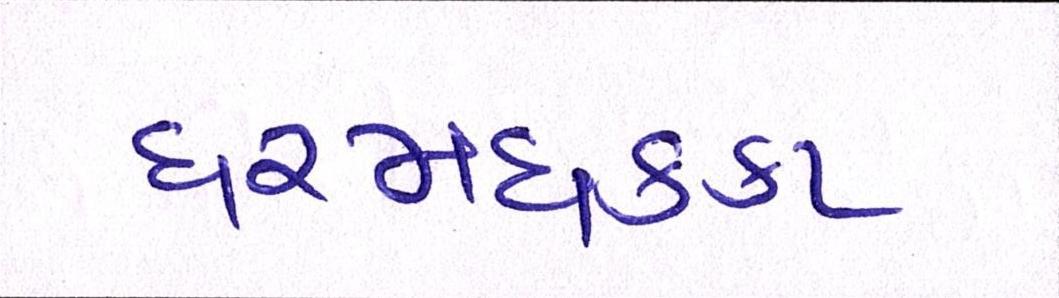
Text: ધરમધકકા